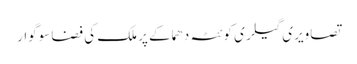
تصاویری گیلری کوئٹہ دھماکے پر ملک کی فضا سوگوار